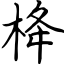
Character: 栙